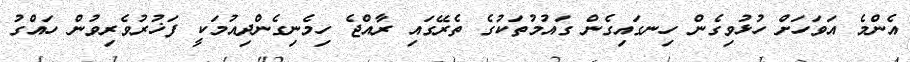
އެންމެ އަަވަހަށް ހުޅުވިގެން ހިނގައިގެން ގައުމުތަކުގެ ތެރޭގައި ރާއްޖެ ހިމެނިގެންދިއުމަކީ ފަޚުރުވެރިވުން ހައްގު